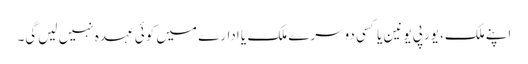
اپنے ملک، یورپی یونین یا کسی دوسرے ملک یا ادارے میں‌ کوئی عہدہ نہیں لیں‌گی۔